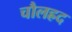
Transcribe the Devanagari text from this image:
चौलह्रद